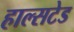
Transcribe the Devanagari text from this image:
हाल्सटेड